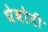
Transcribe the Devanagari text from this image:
घेवोनी